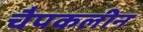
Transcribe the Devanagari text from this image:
चैपकलीन